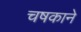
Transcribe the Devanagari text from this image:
चषकाने